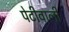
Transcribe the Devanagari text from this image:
पेटीवाली